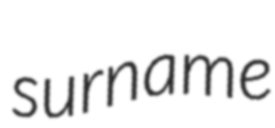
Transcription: surname